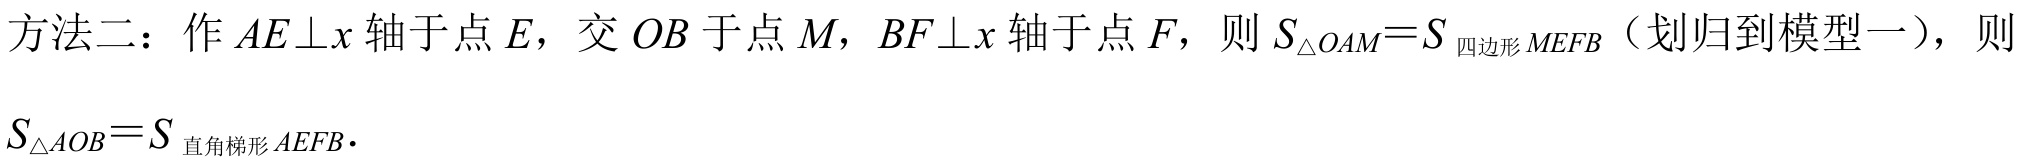
方法二：作\(AE\perp x\)轴于点\(E\)，交\(OB\)于点\(M\)，\(BF\perp x\)轴于点\(F\)，则\(S_{\triangle OAM}=S_{四边形MEFB}\)（划归到模型一），则\(S_{\triangle AOB}=S_{直角梯形AEFB}\)．